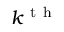
k ^ { \mathrm { ~ t ~ h ~ } }